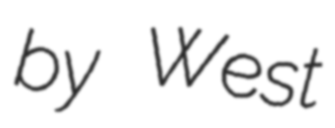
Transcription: by West